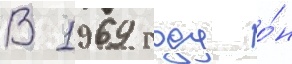
В 1969 году о́н